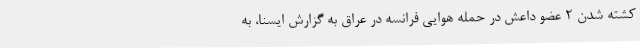
کشته شدن 2 عضو داعش در حمله هوایی فرانسه در عراق به گزارش ایسنا، به